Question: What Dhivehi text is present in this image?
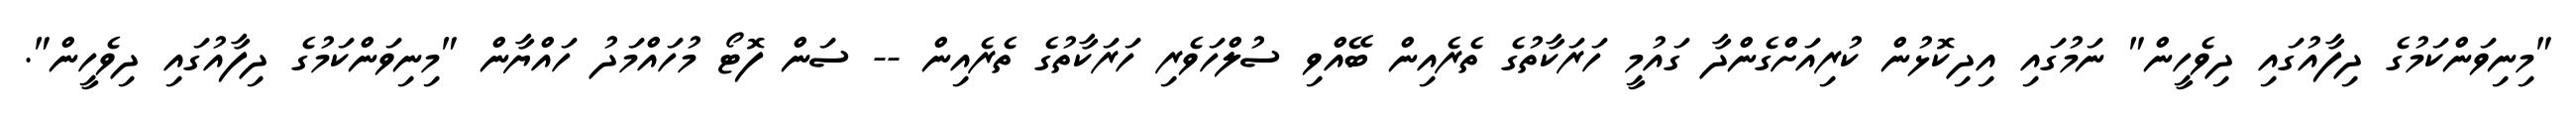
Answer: "މިނިވަންކަމުގެ ދިފާއުގައި ދިވެހީން" ނަމުގައި އިދިކޮޅުން ކުރިއަށްގެންދާ ގައުމީ ހަރަކާތުގެ ތެރެއިން ބޭއްވި ސުލްހަވެރި ހަރަކާތުގެ ތެރެއިން -- ސަން ފޮޓޯ މުހައްމަދު ހައްޔާން "މިނިވަންކަމުގެ ދިފާއުގައި ދިވެހީން".